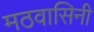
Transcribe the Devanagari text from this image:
मठवासिनी